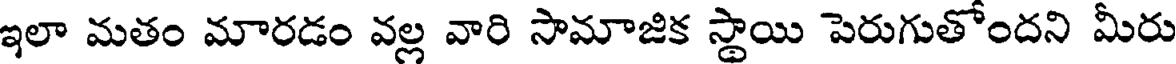
ఇలా మతం మారడం వల్ల వారి సామాజిక స్థాయి పెరుగుతోందని మీరు